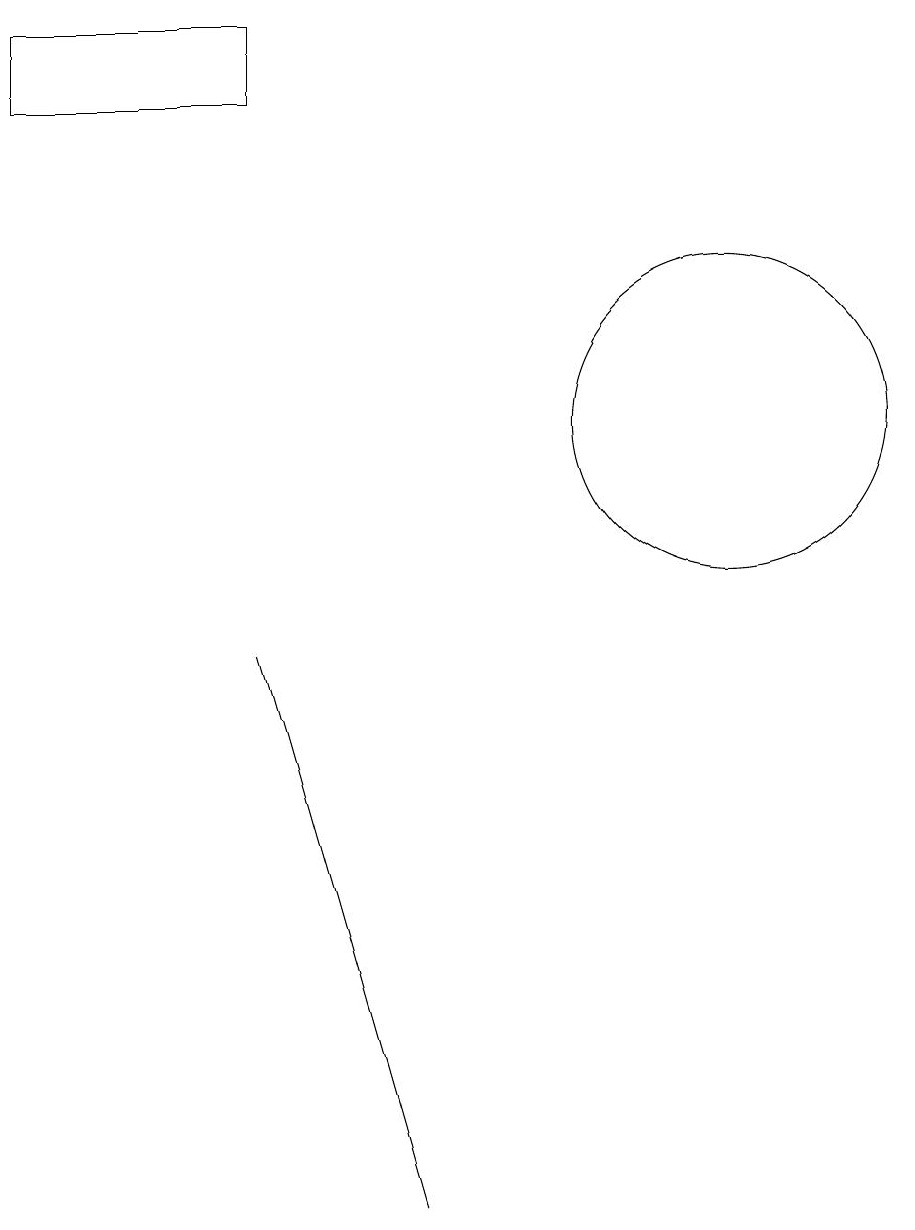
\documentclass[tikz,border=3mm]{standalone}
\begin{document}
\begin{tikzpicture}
\draw (4,16) rectangle (1,17);
\draw (6,2) -- (4,9) -- (4,9) -- cycle;
\draw (10,12) circle (2);
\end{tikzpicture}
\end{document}